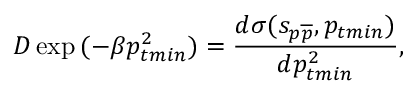
D \exp { ( - \beta p _ { t m i n } ^ { 2 } ) } = \frac { d \sigma ( s _ { p \overline { { { p } } } } , p _ { t m i n } ) } { d p _ { t m i n } ^ { 2 } } ,